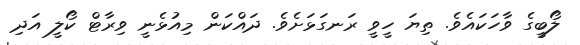
ލޯބީގެ ވާހަކައެވެ. ތިޔަ ހީވީ ރަނގަޅަށެވެ. ދައްކަން މިއުޅެނީ ވިރާޓް ކޯލީ އަދި